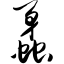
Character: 蠡